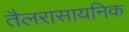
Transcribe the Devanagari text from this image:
तैलरासायनिक